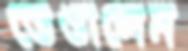
ভেঙালেম